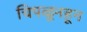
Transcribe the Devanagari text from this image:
चिपळूनहून